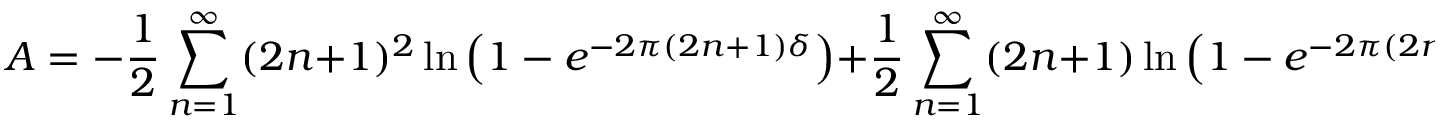
A = - \frac { 1 } { 2 } \sum _ { n = 1 } ^ { \infty } ( 2 n + 1 ) ^ { 2 } \ln \left( 1 - e ^ { - 2 \pi ( 2 n + 1 ) \delta } \right) + \frac { 1 } { 2 } \sum _ { n = 1 } ^ { \infty } ( 2 n + 1 ) \ln \left( 1 - e ^ { - 2 \pi ( 2 n + 1 ) \delta } \right) ,